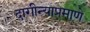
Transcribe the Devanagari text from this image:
दागीन्याप्रमाणे